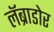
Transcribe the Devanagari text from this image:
लॅब्राडोर